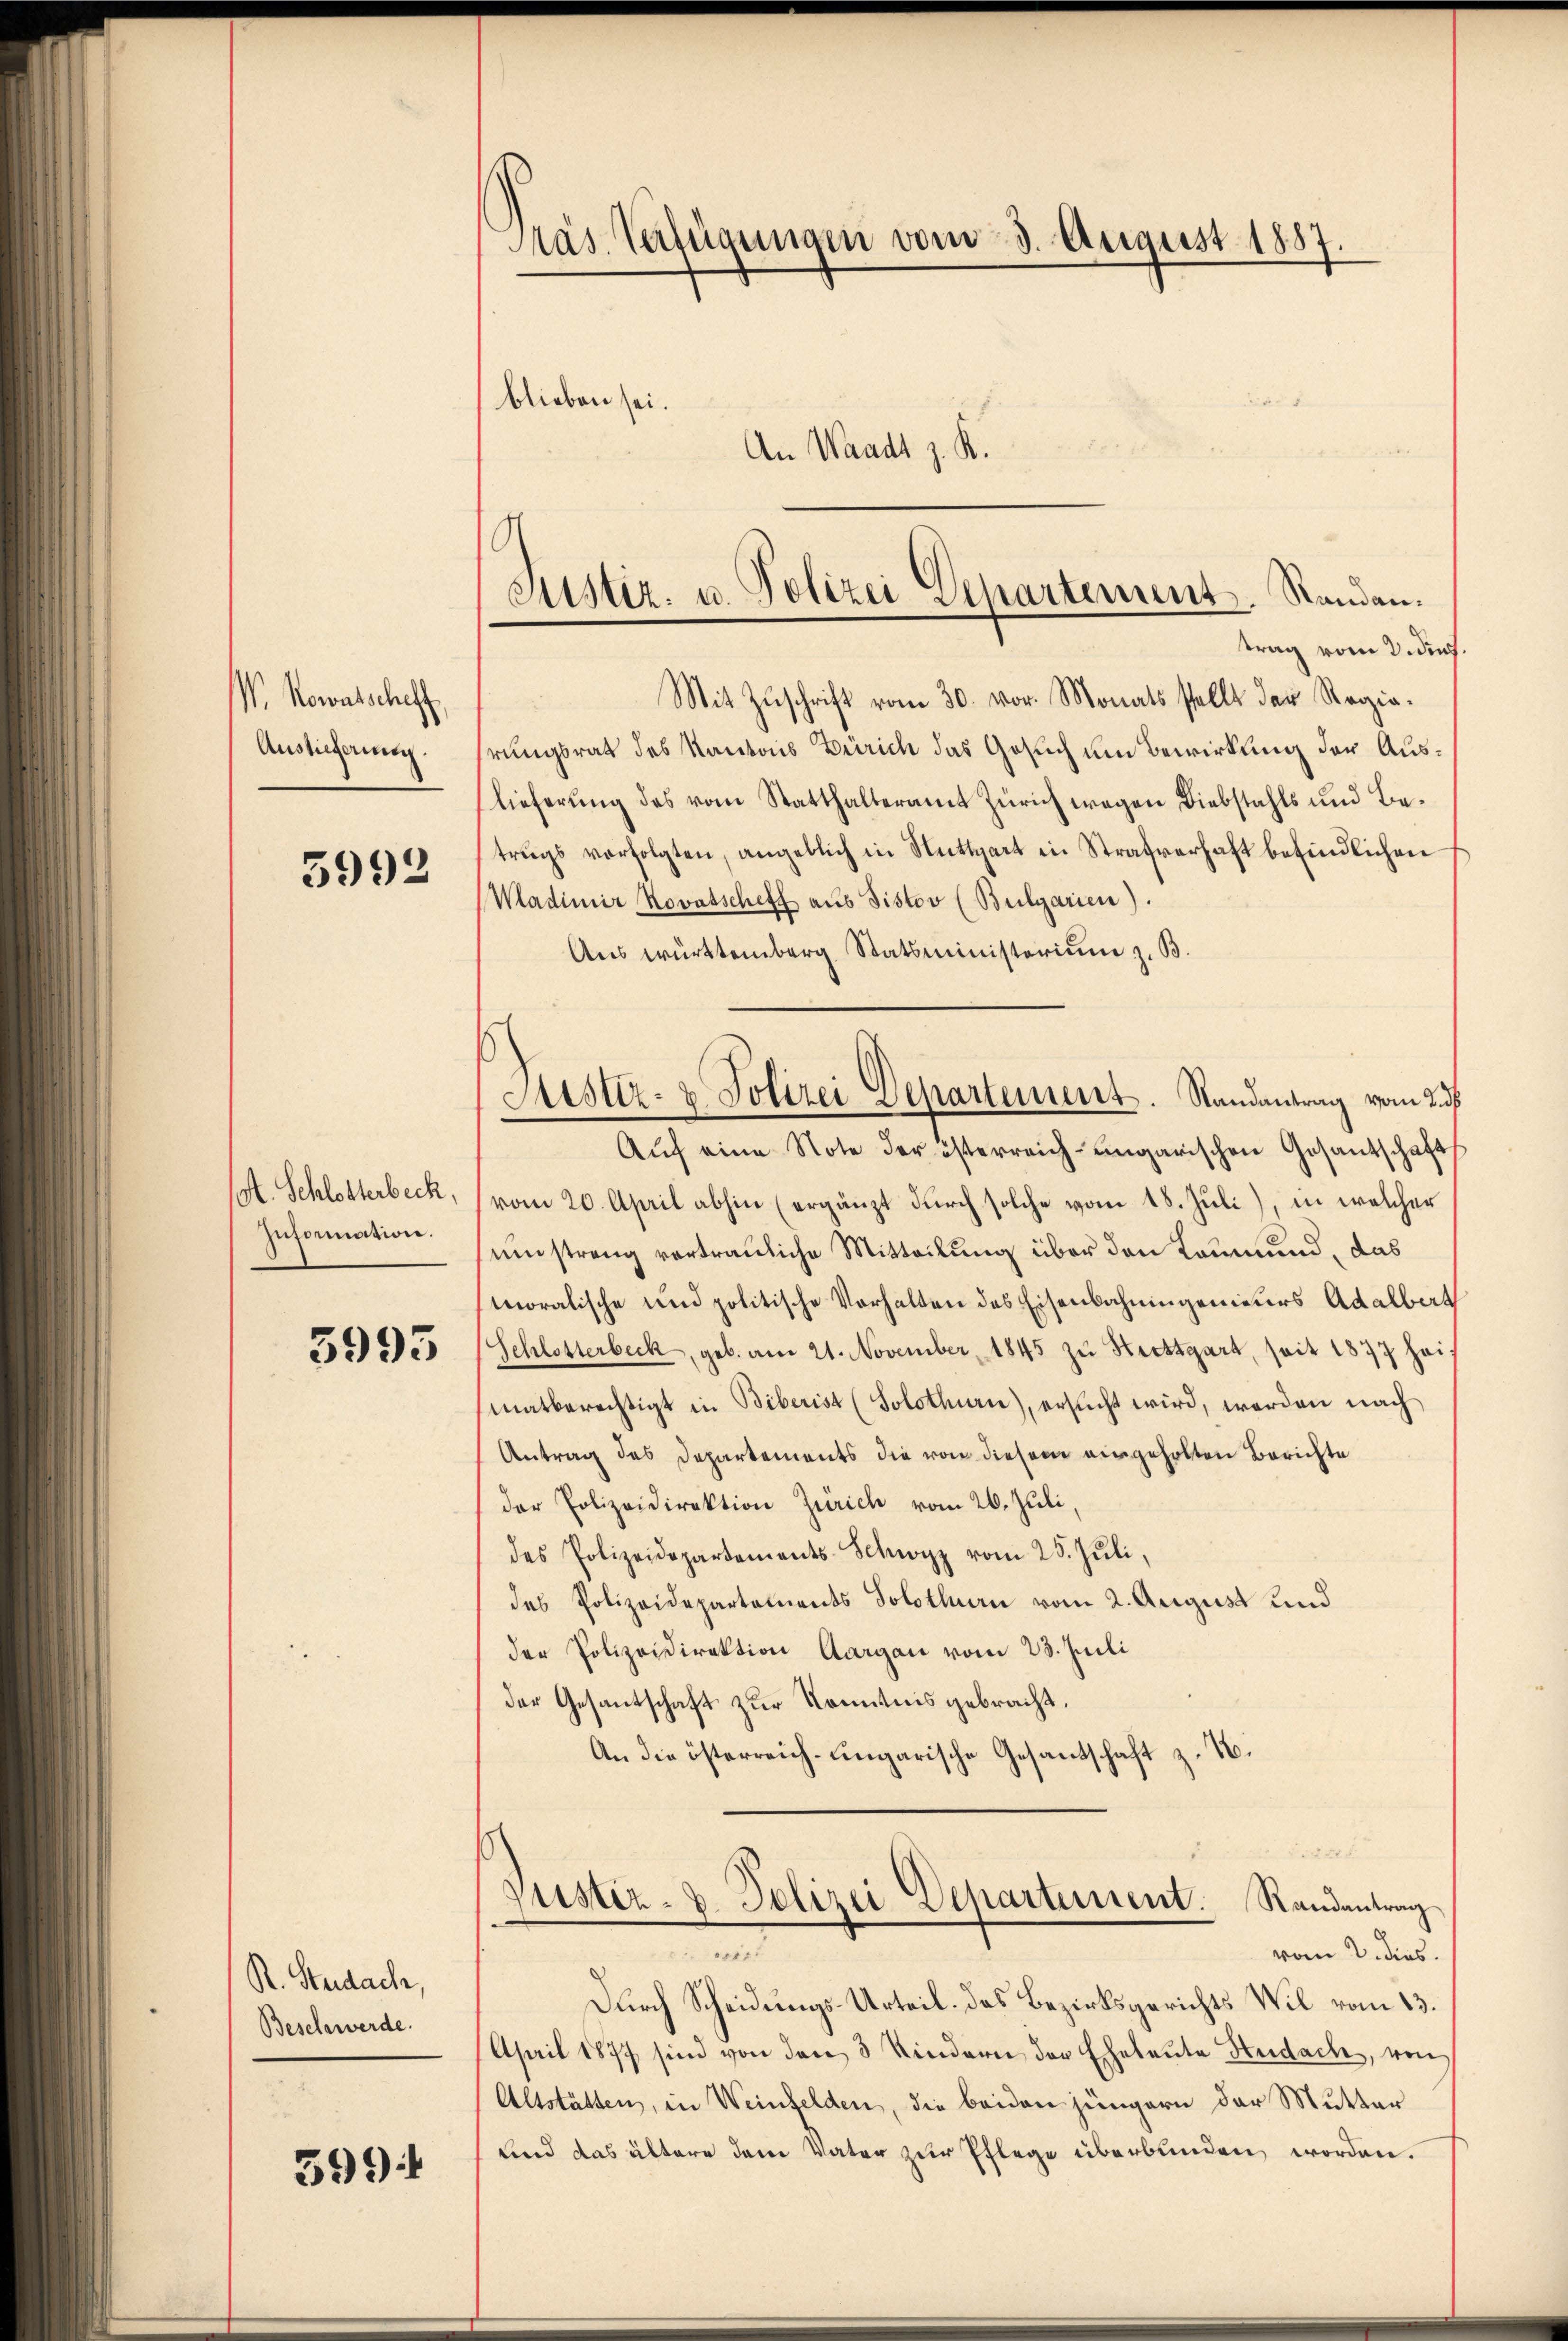
V. Kowaltscheff
Auslieferung.

5992

ot. Schlotterbeck.
Information.

5995

R. Steidach,
Beschwerde.

5991

Präs. Verfügungen vom 3. August 1887.
blieben sei.
An Waadt z. R.

G
Justiz- u. Polizei Departement. Randantrag vom 3. Jun.

Justiz- & Polizei Departement. Randantrag vom 2. 3

Mit Zŭschrift vom 30. vor. Monats stellt der Regie-
rungsrath des Kantons Zürich das Gesuch um Bewirkung der Auslieferung des vom Statthalteramt Zürich wegen Diebstahls und Betrugs verfolgten, angeblich in Nuttgart in Strafverhaft befindlichen
Wladimir Kovatscheff aus Pistov (Bulgarien).
Aus württemberg Statsministerium z. B.
Aŭf eine Note der österreich-ungarischen Gesantschaft
vom 20. April abhin (ergänzt durch solche vom 18. Juli), in welcher
umstreng vertrauliche Mitteilung über den Leumund, das
moralische und politische Verhalten des Eisenbahningenieurs Adalbert
Schlotterbeck, geb. am 21. November 1845 zu Hirttgart, seit 1877 haif
matberechtigt in Biberist (Solothurn), ersucht wird, werden nach
Antrag des Departements die von diesem eingeholten Berichte
der Polizeidirektion Zürich vom 26. Juli,
des Polizeidepartements-Schwyz vom 25. Jŭli,
des Polizeidepartements Solothurn vom 2. August und
der Polizeidirektion Aargau vom 23. Juili
der Gesantschaft zur Kenntnis gebracht.
An die österreich-ungarische Gesantschaft z. B.

Justiz- & Polizei Departement. Randantrag
wir
vom 2. dies

Durch Scheidungs-Urteil. Das Bezirksgerichts Wil vom 13.
April 1877 sind von den 3 Kindern der Eheleute Heidach, von
Altstätten, in Weinfelden, die beiden jüngern der Mutter
und das ältere dem Vater zur Pflege überbunden worden.